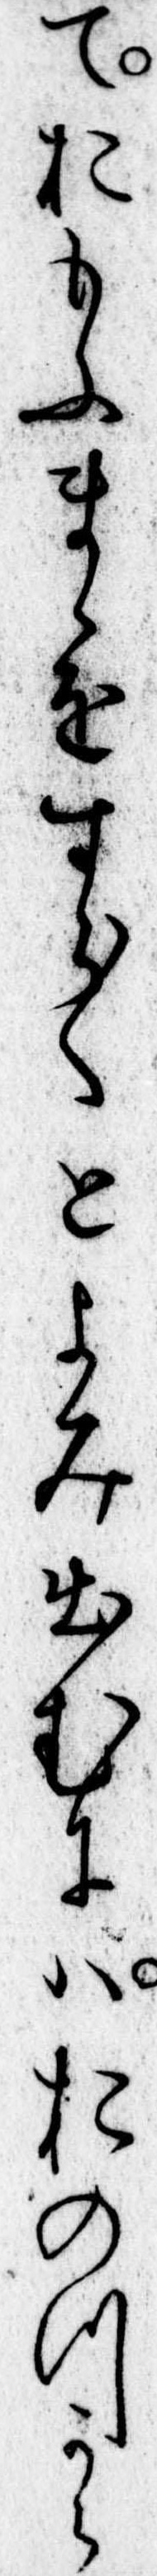
ておもふまゝをすら〱とよみ出むにはおのつから